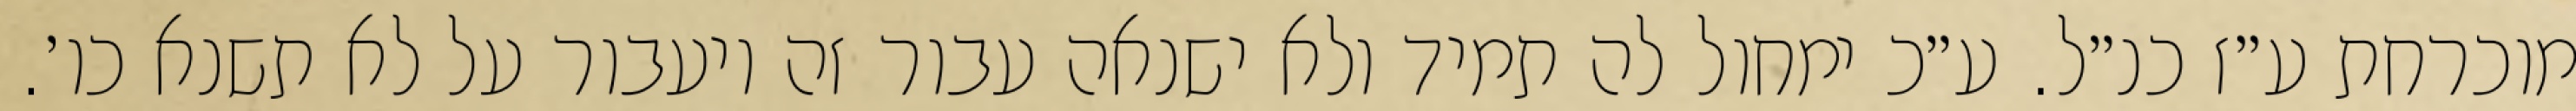
מוכרחת ע״ז כנ״ל. ע״כ ימחול לה תמיד ולא ישנאה עבור זה ויעבור על לא תשנא כו׳.